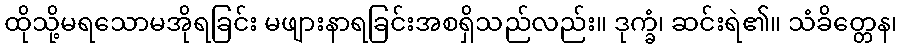
ထိုသို့မရသောမအိုရခြင်း မဖျားနာရခြင်းအစရှိသည်လည်း။ ဒုက္ခံ၊ ဆင်းရဲ၏။ သံခိတ္တေန၊